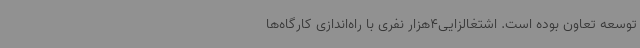
توسعه تعاون بوده است. اشتغالزایی4هزار نفری با راه‌اندازی کارگاه‌ها